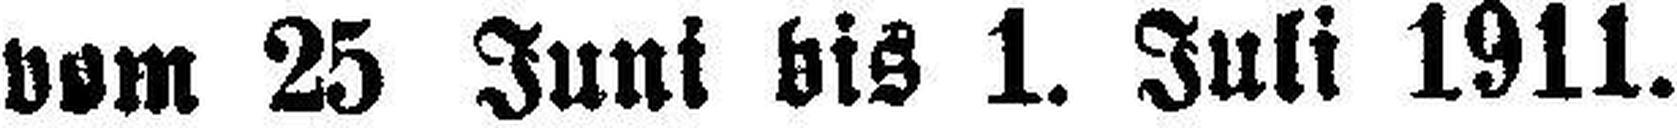
vom 25 Juni bis 1. Juli 1911.